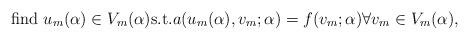
LaTeX: \begin{align*}\mbox{find\ } u_{m}(\alpha)\in V_{m}(\alpha)\mbox{s.t.} a(u_{m}(\alpha), v_{m}; \alpha) = f(v_{m}; \alpha) \forall v_{m}\in V_{m}(\alpha),\end{align*}